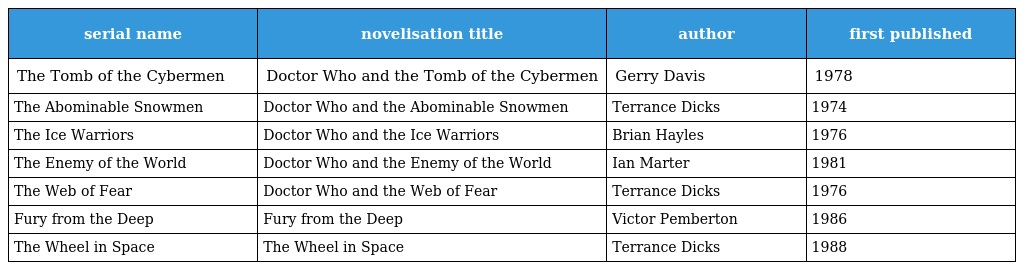
| serial name | novelisation title | author | first published |
 | --- | --- | --- | --- |
 | The Tomb of the Cybermen | Doctor Who and the Tomb of the Cybermen | Gerry Davis | 1978 |
 | The Abominable Snowmen | Doctor Who and the Abominable Snowmen | Terrance Dicks | 1974 |
 | The Ice Warriors | Doctor Who and the Ice Warriors | Brian Hayles | 1976 |
 | The Enemy of the World | Doctor Who and the Enemy of the World | Ian Marter | 1981 |
 | The Web of Fear | Doctor Who and the Web of Fear | Terrance Dicks | 1976 |
 | Fury from the Deep | Fury from the Deep | Victor Pemberton | 1986 |
 | The Wheel in Space | The Wheel in Space | Terrance Dicks | 1988 |